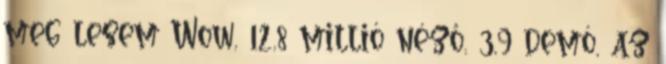
meg lesem Wow, 12,8 millió néző, 3,9 demó, az